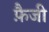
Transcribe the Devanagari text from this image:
फ़ैजी